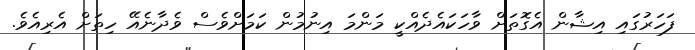
ފަހަރުގައި އިޝާން އެގޮތަށް ވާހަކައެދެއްކީ މަންމަ އިނުމުން ކަމަށްވެސް ވެދާނެއޭ ހިތަށް އެރިއެވެ.